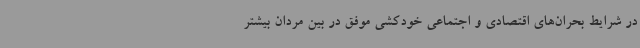
در شرایط بحران‌های اقتصادی و اجتماعی خودکشی موفق در بین مردان بیشتر